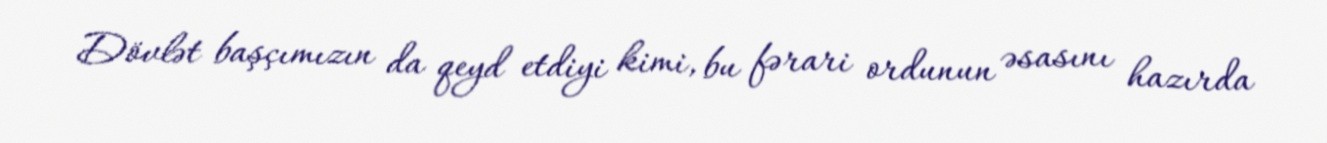
Dövlət başçımızın da qeyd etdiyi kimi, bu fərari ordunun əsasını hazırda